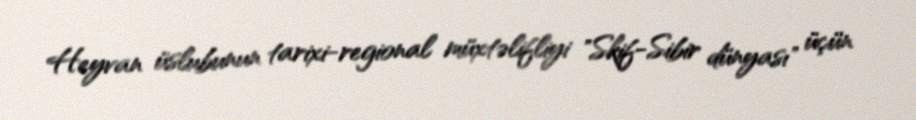
Heyvan üslubunun tarixi-regional müxtəlifliyi "Skif-Sibir dünyası" üçün